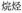
烷烃